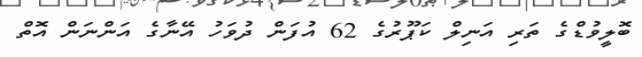
ބޮލީވުޑްގެ ތަރި އަނިލް ކަޕޫރުގެ 62 އުފަން ދުވަހު އޭނާގެ އަންނަން އޮތް